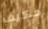
مكيف